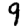
Digit: 9